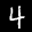
Label: 4